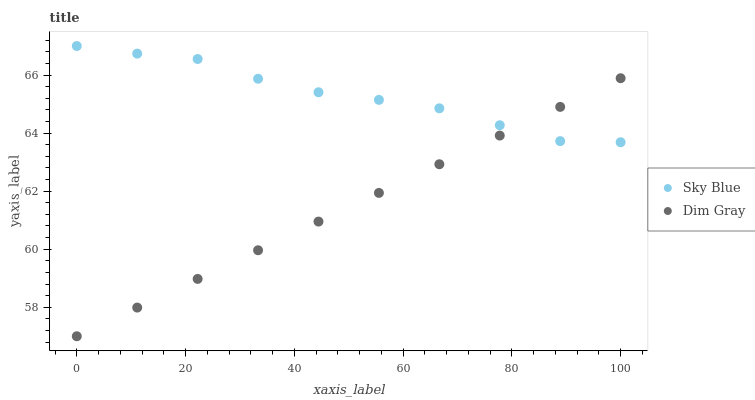
| xaxis_label | Sky Blue | Dim Gray |
 | --- | --- | --- |
 | 0 | 67 | 57 |
 | 11.1 | 66.7 | 58 |
 | 22.2 | 66.6 | 59 |
 | 33.3 | 65.9 | 60 |
 | 44.4 | 65.4 | 61 |
 | 55.6 | 65.1 | 61.9 |
 | 66.7 | 64.9 | 62.9 |
 | 77.8 | 64.3 | 63.9 |
 | 88.9 | 63.7 | 64.9 |
 | 100 | 63.7 | 65.9 |